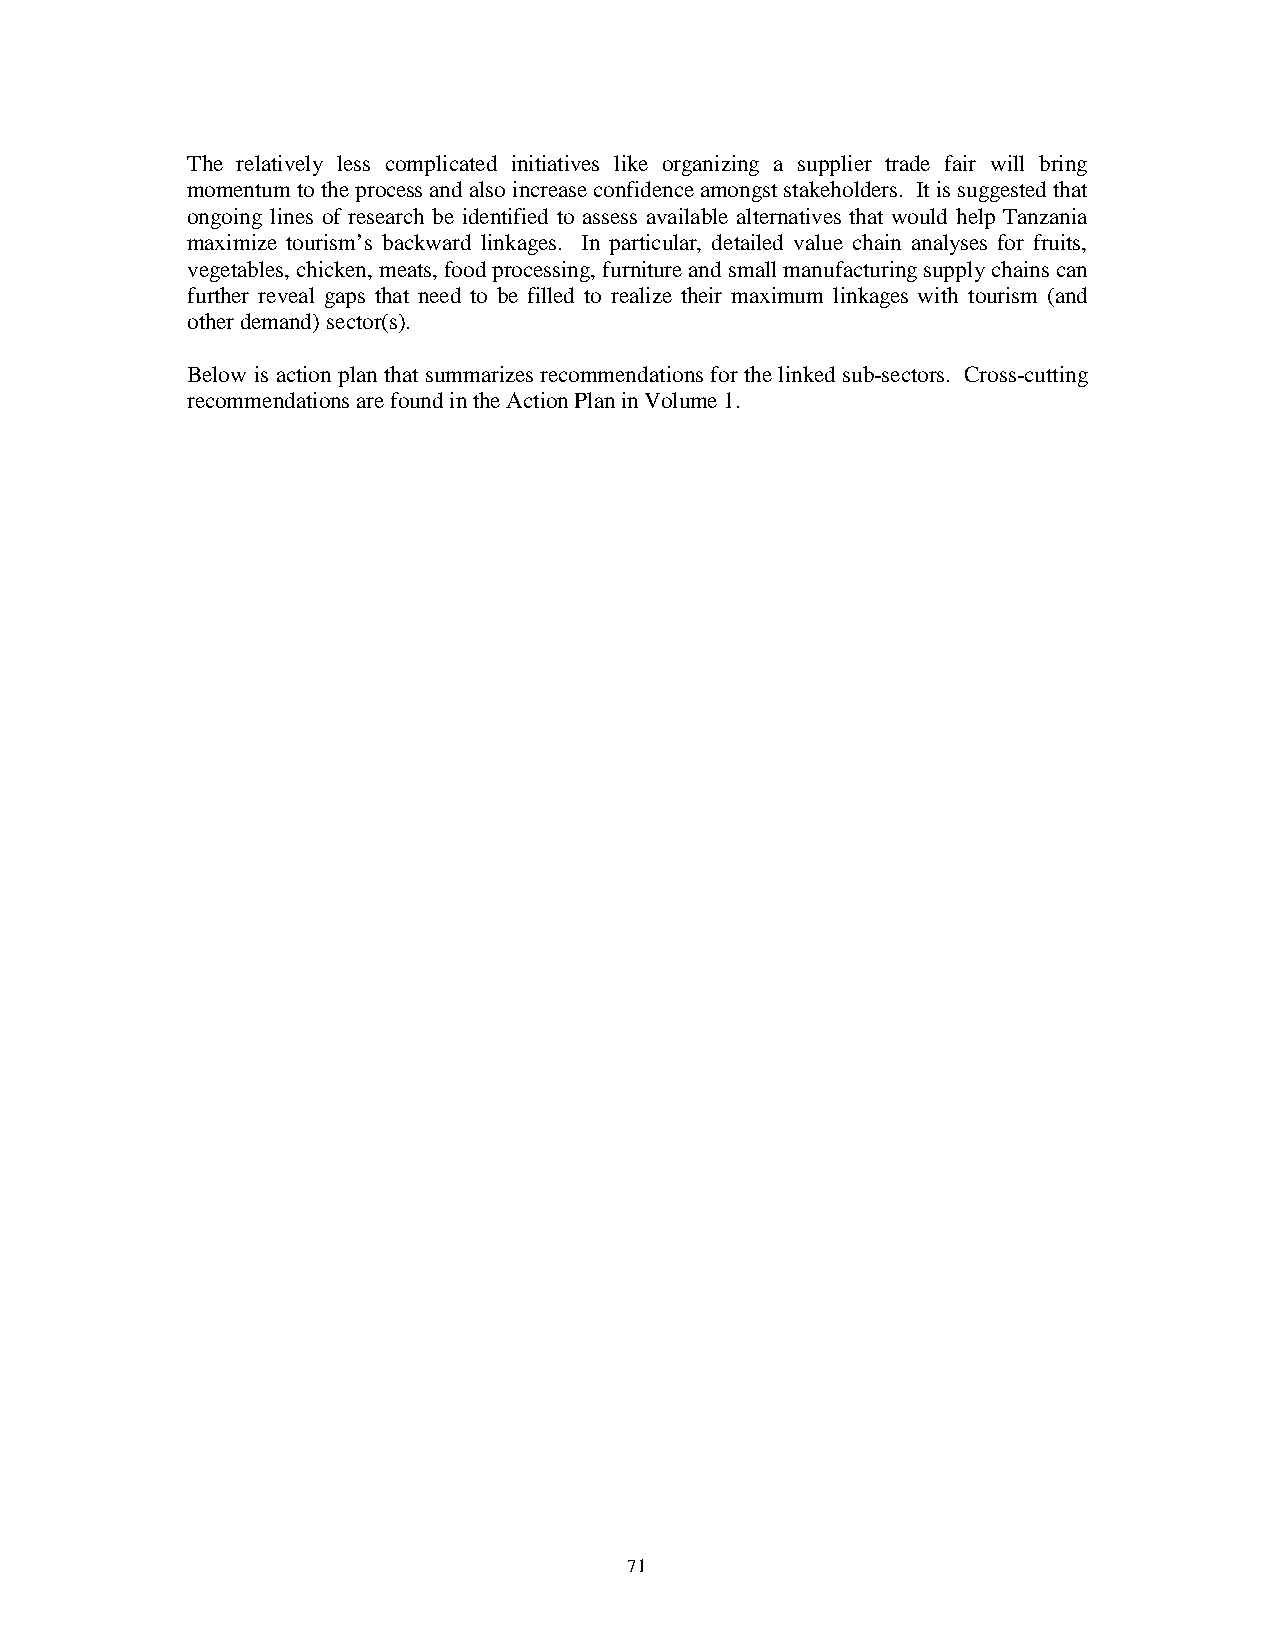
The relatively less complicated initiatives like organizing a supplier trade fair will bring
 momentum to the process and also increase confidence amongst stakeholders. It is suggested that
 ongoing lines of research be identified to assess available alternatives that would help Tanzania
 maximize tourism’s backward linkages. In particular, detailed value chain analyses for fruits,
 vegetables, chicken, meats, food processing, furniture and small manufacturing supply chains can
 further reveal gaps that need to be filled to realize their maximum linkages with tourism (and
 other demand) sector(s).
 Below is action plan that summarizes recommendations for the linked sub-sectors. Cross-cutting
 recommendations are found in the Action Plan in Volume 1.
 71